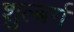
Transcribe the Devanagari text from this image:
शुल्बर्ग